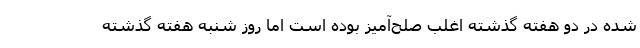
شده در دو هفته گذشته اغلب صلح‌آمیز بوده است اما روز شنبه هفته گذشته